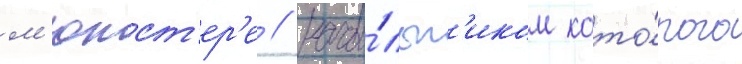
м'юнст'ер'е / нача́льн'иком кото́рого